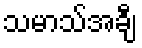
သမာသ်အချီ